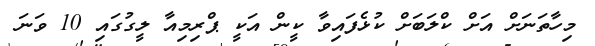
މިހާތަނަށް އަށް ކްލަބަށް ކުޅެފައިވާ ކީން އަކީ ޕްރިމިއާ ލީގުގައި 10 ވަނަ